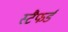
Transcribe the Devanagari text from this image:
स्टैफर्ड